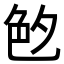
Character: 𦫓